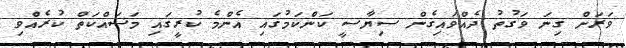
ވަރަށް ގިނަ ވަގުތު ދެއްވައިގެން ސިޔާސީ ކަންކަމުގައި އެންމެ ކުރީގައި މަސައްކަތް ކުރެއްވި